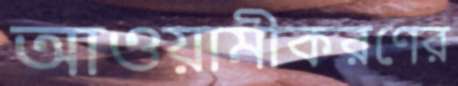
আওয়ামীকরণের